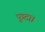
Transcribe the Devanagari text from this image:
फूटा।